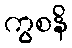
ကွစနိ